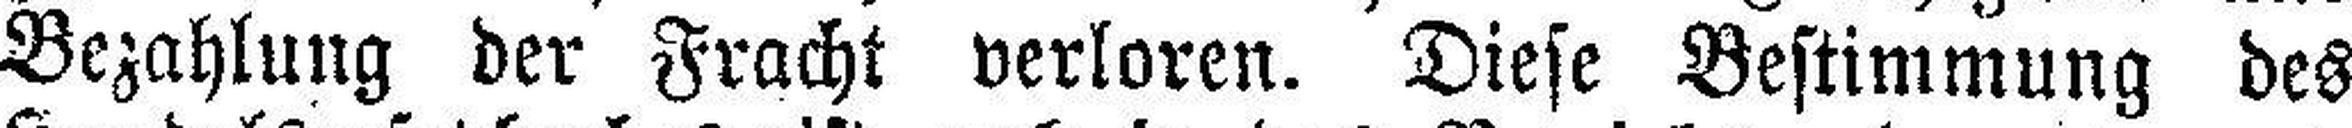
Bezahlung der Fracht verloren. Diese Bestimmung des